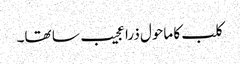
کلب کا ماحول ذرا عجیب سا تھا۔